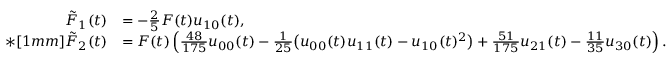
\begin{array} { r l } { \tilde { F } _ { 1 } ( t ) } & { = - \frac { 2 } { 5 } F ( t ) u _ { 1 0 } ( t ) , } \\ { * [ 1 m m ] \tilde { F } _ { 2 } ( t ) } & { = F ( t ) \left( \frac { 4 8 } { 1 7 5 } u _ { 0 0 } ( t ) - \frac { 1 } { 2 5 } \big ( u _ { 0 0 } ( t ) u _ { 1 1 } ( t ) - u _ { 1 0 } ( t ) ^ { 2 } \big ) + \frac { 5 1 } { 1 7 5 } u _ { 2 1 } ( t ) - \frac { 1 1 } { 3 5 } u _ { 3 0 } ( t ) \right) . } \end{array}